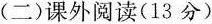
(二)课外阅读(13分)